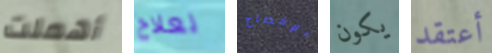
أهملت لعلاج الإفصاح يكون أعتقد